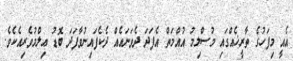
އެއީ މިފަހުގެ ތާރީޚެއްގައި މުސްލިމު އުއްމަތް އެފަދަ ދެވަނައެއް ދެކެފައިނުވާފަދަ ބޮޑު ޢިލްމުވެރިއެކެވެ.